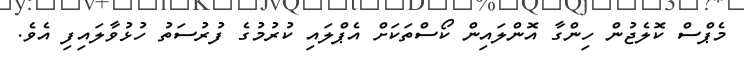
މެޕްސް ކޮލެޖުން ހިންގާ އޮންލައިން ކޯސްތަކަށް އެޕްލައި ކުރުމުގެ ފުރުސަތު ހުޅުވާލައިފި އެވެ.